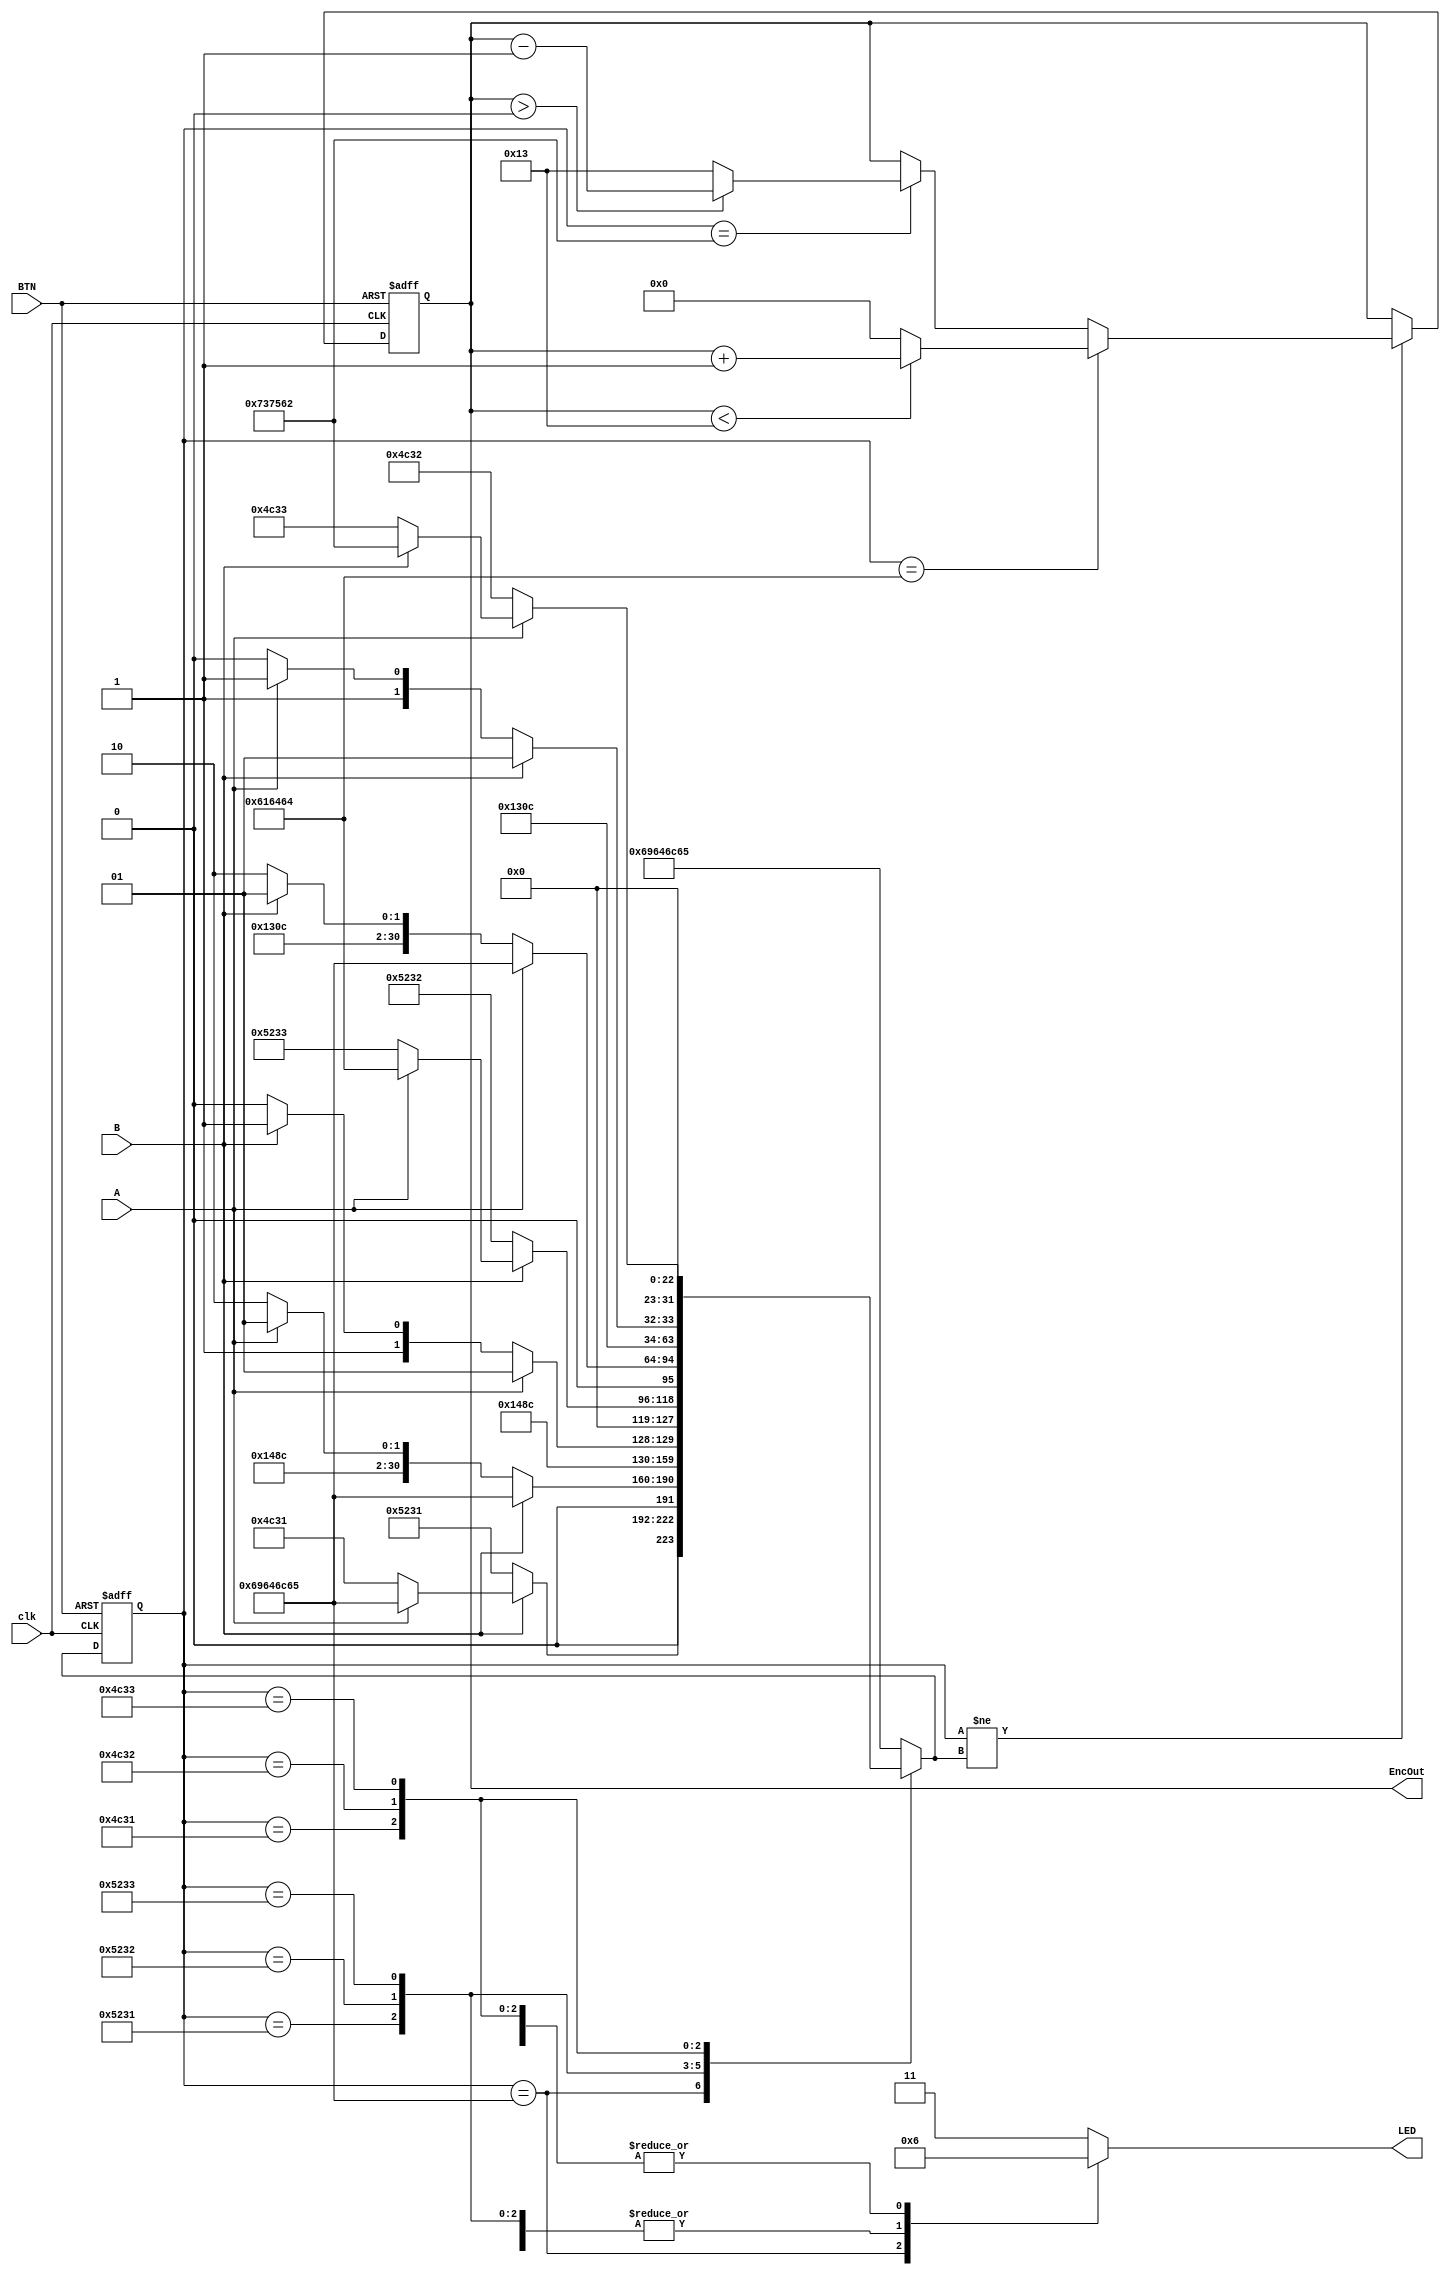
`timescale 1ns / 1ps
//////////////////////////////////////////////////////////////////////////////////
// Company: 
// Engineer: 
// 
// Design Name: 
// Module Name: encoder
// Project Name: 
// Target Devices: 
// Tool Versions: 
// Description: 
// 
// Dependencies: 
// 
// Revision:
// Revision 0.01 - File Created
// Additional Comments:
// 
//////////////////////////////////////////////////////////////////////////////////

module encoder(
    input clk,
    input A,
    input B,
    input BTN,
    output reg [4:0] EncOut,
    output reg [1:0] LED
    ); 
	 
    reg [31:0] curState = "idle";
	reg [31:0] nextState;
	always@(posedge clk or posedge BTN)
	 begin
			 if (BTN) begin
				 curState <= "idle"; //reset
				 EncOut <= 0;
			 end
			 // detect if the shaft is rotated to right or left
			 // right: add 1 to the position at each click
			 // left: subtract 1 from the position at each click
			 else begin
				 if(curState != nextState) begin
						if(curState == "add") begin
								if(EncOut < 19) begin
									EncOut <= EncOut + 1;
								end
								else begin
									EncOut <= 0;
								end
						end
						else if(curState == "sub") begin
								if(EncOut > 0) begin
									EncOut <= EncOut - 1;
								end
								else begin
									EncOut <= 5'd19;
								end
						end
						else begin
								EncOut <= EncOut;
						end
				 end
				 else begin
						EncOut <= EncOut;
				 end

            curState <= nextState;
			 end
	 end
	 always@(curState or A or B)
	 begin
				 case (curState)
					  //detent position
					  "idle" : begin
							 LED <= 2'b00;

							 if (B == 1'b0) begin
								 nextState <= "R1";
							 end
							 else if (A == 1'b0) begin
								 nextState <= "L1";
							 end
							 else begin
								 nextState <= "idle";
							 end
					  end
				     // start of right cycle
				     // R1
					  "R1" : begin
							 LED <= 2'b01;

							 if (B == 1'b1) begin
								 nextState <= "idle";
							 end
							 else if (A == 1'b0) begin
								 nextState <= "R2";
							 end
							 else begin
								 nextState <= "R1";
							 end
					  end
					  // R2
					  "R2" : begin
							 LED <= 2'b01;

							 if (A == 1'b1) begin
								 nextState <= "R1";
							 end
							 else if (B == 1'b1) begin
								 nextState <= "R3";
							 end
							 else begin
								 nextState <= "R2";
							 end
					  end
					  // R3
					  "R3" : begin
							 LED <= 2'b01;

							 if (B == 1'b0) begin
								 nextState <= "R2";
							 end
							 else if (A == 1'b1) begin
								 nextState <= "add";
							 end
							 else begin
								 nextState <= "R3";
							 end
					  end
					  // R3
					  "R3" : begin
							 LED <= 2'b01;

							 if (B == 1'b0) begin
								 nextState <= "R2";
							 end
							 else if (A == 1'b1) begin
								 nextState <= "add";
							 end
							 else begin
								 nextState <= "R3";
							 end
					  end
					  // Add
					  "add" : begin
							 LED <= 2'b01;
							 nextState <= "idle";
					  end
   				  // Start of left cycle
                 // L1
					  "L1" : begin
							 LED <= 2'b10;

							 if (A == 1'b1) begin
								 nextState <= "idle";
							 end
							 else if (B == 1'b0) begin
								 nextState <= "L2";
							 end
							 else begin
								 nextState <= "L1";
							 end
					  end
                 // L2
					  "L2" : begin
							 LED <= 2'b10;

							 if (B == 1'b1) begin
								 nextState <= "L1";
							 end
							 else if (A == 1'b1) begin
								 nextState <= "L3";
							 end
							 else begin
								 nextState <= "L2";
							 end
					  end
                 // L3
					  "L3" : begin
							 LED <= 2'b10;

							 if (A == 1'b0) begin
								 nextState <= "L2";
							 end
							 else if (B == 1'b1) begin
								 nextState <= "sub";
							 end
							 else begin
								 nextState <= "L3";
							 end
					  end
                 // Sub
					  "sub" : begin
							 LED <= 2'b10;
							 nextState <= "idle";
					  end
					  //  Default
					  default : begin
							 LED <= 2'b11;
							 nextState <= "idle";
					  end
				 endcase

	 end

endmodule